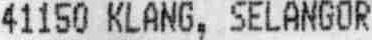
41150 KLANG, SELANGOR